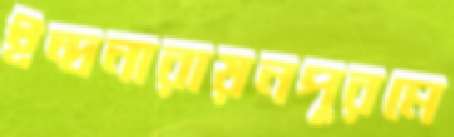
ইন্দ্রনারায়নপুরমে